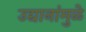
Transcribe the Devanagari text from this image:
उद्यानांमुळे